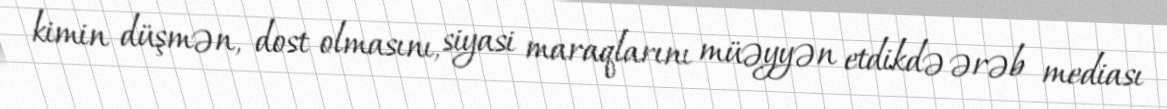
kimin düşmən, dost olmasını, siyasi maraqlarını müəyyən etdikdə ərəb mediası